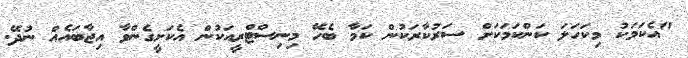
"އެކަމަކު މިކަހަލަ ކަންކަމަކަށް ސަރުކާރަކުން ކަމާ ބެހޭ މިނިސްޓްރީއަކުން އެކަށީގެންވާ އިޖާބައެއް ނުދޭ.